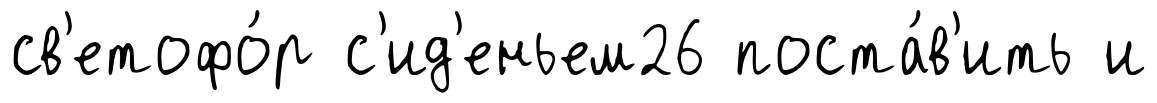
св'етофо́р с'ид'еньем26 поста́в'ить и